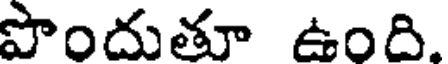
పొందుతూ ఉంది.